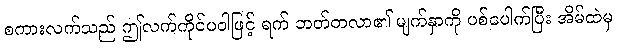
စကားလက်သည် ဤလက်ကိုင်ပဝါဖြင့် ရက် ဘတ်တလာ၏ မျက်နှာကို ပစ်ပေါက်ပြီး အိမ်ထဲမှ